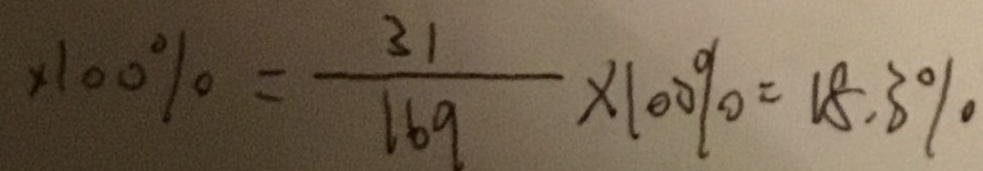
\times 1 0 0 \% = \frac { 3 1 } { 1 6 9 } \times 1 0 0 \% = 1 8 . 3 \%